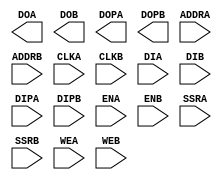
///////////////////////////////////////////////////////////////////////////////
// Copyright (c) 1995/2005 Xilinx, Inc.
// All Right Reserved.
///////////////////////////////////////////////////////////////////////////////
//   ____  ____
//  /   /\/   /
// /___/  \  /    Vendor : Xilinx
// \   \   \/     Version : 10.1
//  \   \         Description : Xilinx Formal Library Component
//  /   /                  16K-Bit Data and 2K-Bit Parity Dual Port Block RAM
// /___/   /\     Filename : RAMB16BWE_S18_S9.v
// \   \  /  \    Timestamp : Mon Nov 12 16:43:35 PST 2007
//  \___\/\___\
//
//  Generated by : VerilogFileWriter (write_verilog)
//
// Revision:
//    11/12/07 - Initial version.
// End Revision
`timescale 1 ps / 1 ps 

module RAMB16BWE_S18_S9 (
	DOA,
	DOB,
	DOPA,
	DOPB,
	ADDRA,
	ADDRB,
	CLKA,
	CLKB,
	DIA,
	DIB,
	DIPA,
	DIPB,
	ENA,
	ENB,
	SSRA,
	SSRB,
	WEA,
	WEB

);

output [15:0] DOA;
output [1:0] DOPA;
output [7:0] DOB;
output [0:0] DOPB;

input [9:0] ADDRA;
input [10:0] ADDRB;
input CLKA;
input CLKB;
input [15:0] DIA;
input [1:0] DIPA;
input [7:0] DIB;
input [0:0] DIPB;
input ENA;
input ENB;
input SSRA;
input SSRB;
input [1:0] WEA;
input WEB;

parameter INITP_00 = 256'h0;
parameter INITP_01 = 256'h0;
parameter INITP_02 = 256'h0;
parameter INITP_03 = 256'h0;
parameter INITP_04 = 256'h0;
parameter INITP_05 = 256'h0;
parameter INITP_06 = 256'h0;
parameter INITP_07 = 256'h0;
parameter INIT_00 = 256'h0;
parameter INIT_01 = 256'h0;
parameter INIT_02 = 256'h0;
parameter INIT_03 = 256'h0;
parameter INIT_04 = 256'h0;
parameter INIT_05 = 256'h0;
parameter INIT_06 = 256'h0;
parameter INIT_07 = 256'h0;
parameter INIT_08 = 256'h0;
parameter INIT_09 = 256'h0;
parameter INIT_0A = 256'h0;
parameter INIT_0B = 256'h0;
parameter INIT_0C = 256'h0;
parameter INIT_0D = 256'h0;
parameter INIT_0E = 256'h0;
parameter INIT_0F = 256'h0;
parameter INIT_10 = 256'h0;
parameter INIT_11 = 256'h0;
parameter INIT_12 = 256'h0;
parameter INIT_13 = 256'h0;
parameter INIT_14 = 256'h0;
parameter INIT_15 = 256'h0;
parameter INIT_16 = 256'h0;
parameter INIT_17 = 256'h0;
parameter INIT_18 = 256'h0;
parameter INIT_19 = 256'h0;
parameter INIT_1A = 256'h0;
parameter INIT_1B = 256'h0;
parameter INIT_1C = 256'h0;
parameter INIT_1D = 256'h0;
parameter INIT_1E = 256'h0;
parameter INIT_1F = 256'h0;
parameter INIT_20 = 256'h0;
parameter INIT_21 = 256'h0;
parameter INIT_22 = 256'h0;
parameter INIT_23 = 256'h0;
parameter INIT_24 = 256'h0;
parameter INIT_25 = 256'h0;
parameter INIT_26 = 256'h0;
parameter INIT_27 = 256'h0;
parameter INIT_28 = 256'h0;
parameter INIT_29 = 256'h0;
parameter INIT_2A = 256'h0;
parameter INIT_2B = 256'h0;
parameter INIT_2C = 256'h0;
parameter INIT_2D = 256'h0;
parameter INIT_2E = 256'h0;
parameter INIT_2F = 256'h0;
parameter INIT_30 = 256'h0;
parameter INIT_31 = 256'h0;
parameter INIT_32 = 256'h0;
parameter INIT_33 = 256'h0;
parameter INIT_34 = 256'h0;
parameter INIT_35 = 256'h0;
parameter INIT_36 = 256'h0;
parameter INIT_37 = 256'h0;
parameter INIT_38 = 256'h0;
parameter INIT_39 = 256'h0;
parameter INIT_3A = 256'h0;
parameter INIT_3B = 256'h0;
parameter INIT_3C = 256'h0;
parameter INIT_3D = 256'h0;
parameter INIT_3E = 256'h0;
parameter INIT_3F = 256'h0;
parameter INIT_A = 18'h0;
parameter INIT_B = 9'h0;
parameter SIM_COLLISION_CHECK = "ALL";
parameter SRVAL_A = 18'h0;
parameter SRVAL_B = 9'h0;
parameter WRITE_MODE_A = "WRITE_FIRST";
parameter WRITE_MODE_B = "WRITE_FIRST";

endmodule